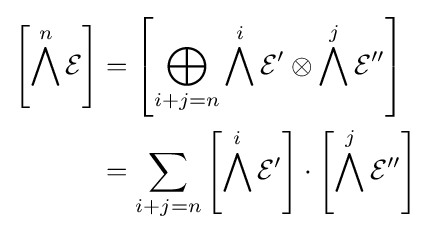
{\begin{aligned}\left[\bigwedge ^{n}{\mathcal {E}}\right]&=\left[\bigoplus _{i+j=n}\bigwedge ^{i}{\mathcal {E}}'\otimes \bigwedge ^{j}{\mathcal {E}}''\right]\\&=\sum _{i+j=n}\left[\bigwedge ^{i}{\mathcal {E}}'\right]\cdot \left[\bigwedge ^{j}{\mathcal {E}}''\right]\end{aligned}}